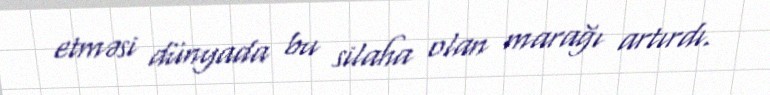
etməsi dünyada bu silaha olan marağı artırdı.